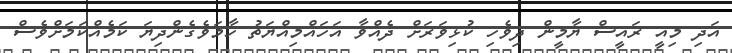
އަދި މިއީ ރައީސް ޔާމީން ދިވެހި ކުޅިވަރަށް ދެއްވާ އަހައްމިއްޔަތު ހާމަވެގެންދިޔަ ކަމެއްކަމަށްވެސް